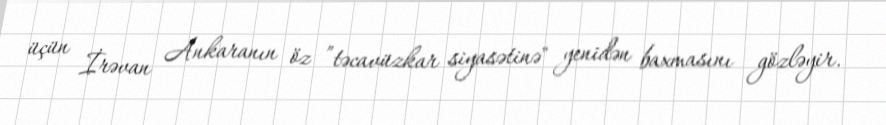
üçün İrəvan Ankaranın öz ”təcavüzkar siyasətinə" yenidən baxmasını gözləyir.